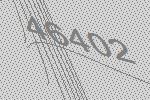
46402